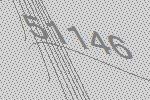
51146